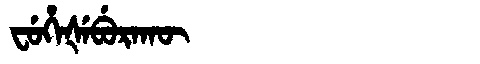
Manchu: ᠸᡠᡥᡝᡧᡝᠪᡠᡵᠠᡴᡡ
Romanization: FUHEŠEBURAKŪ